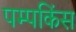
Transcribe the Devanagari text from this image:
पम्पकिंस